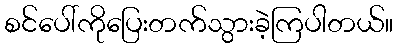
စင်ပေါ်ကိုပြေးတက်သွားခဲ့ကြပါတယ်။